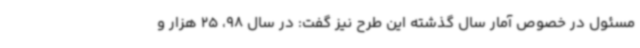
مسئول در خصوص آمار سال گذشته این طرح نیز گفت: در سال 98، 25 هزار و